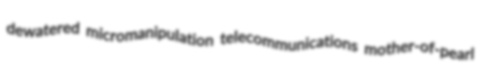
dewatered micromanipulation telecommunications mother-of-pearl